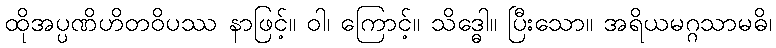
ထိုအပ္ပဏိဟိတဝိပဿ နာဖြင့်။ ဝါ၊ ကြောင့်။ သိဒ္ဓေါ။ ပြီးသော။ အရိယမဂ္ဂသာမဓိ၊